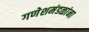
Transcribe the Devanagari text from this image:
गणेशमंडळांना